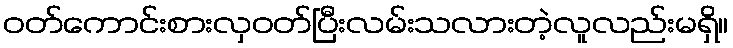
ဝတ်ကောင်းစားလှဝတ်ပြီးလမ်းသလားတဲ့လူလည်းမရှိ။